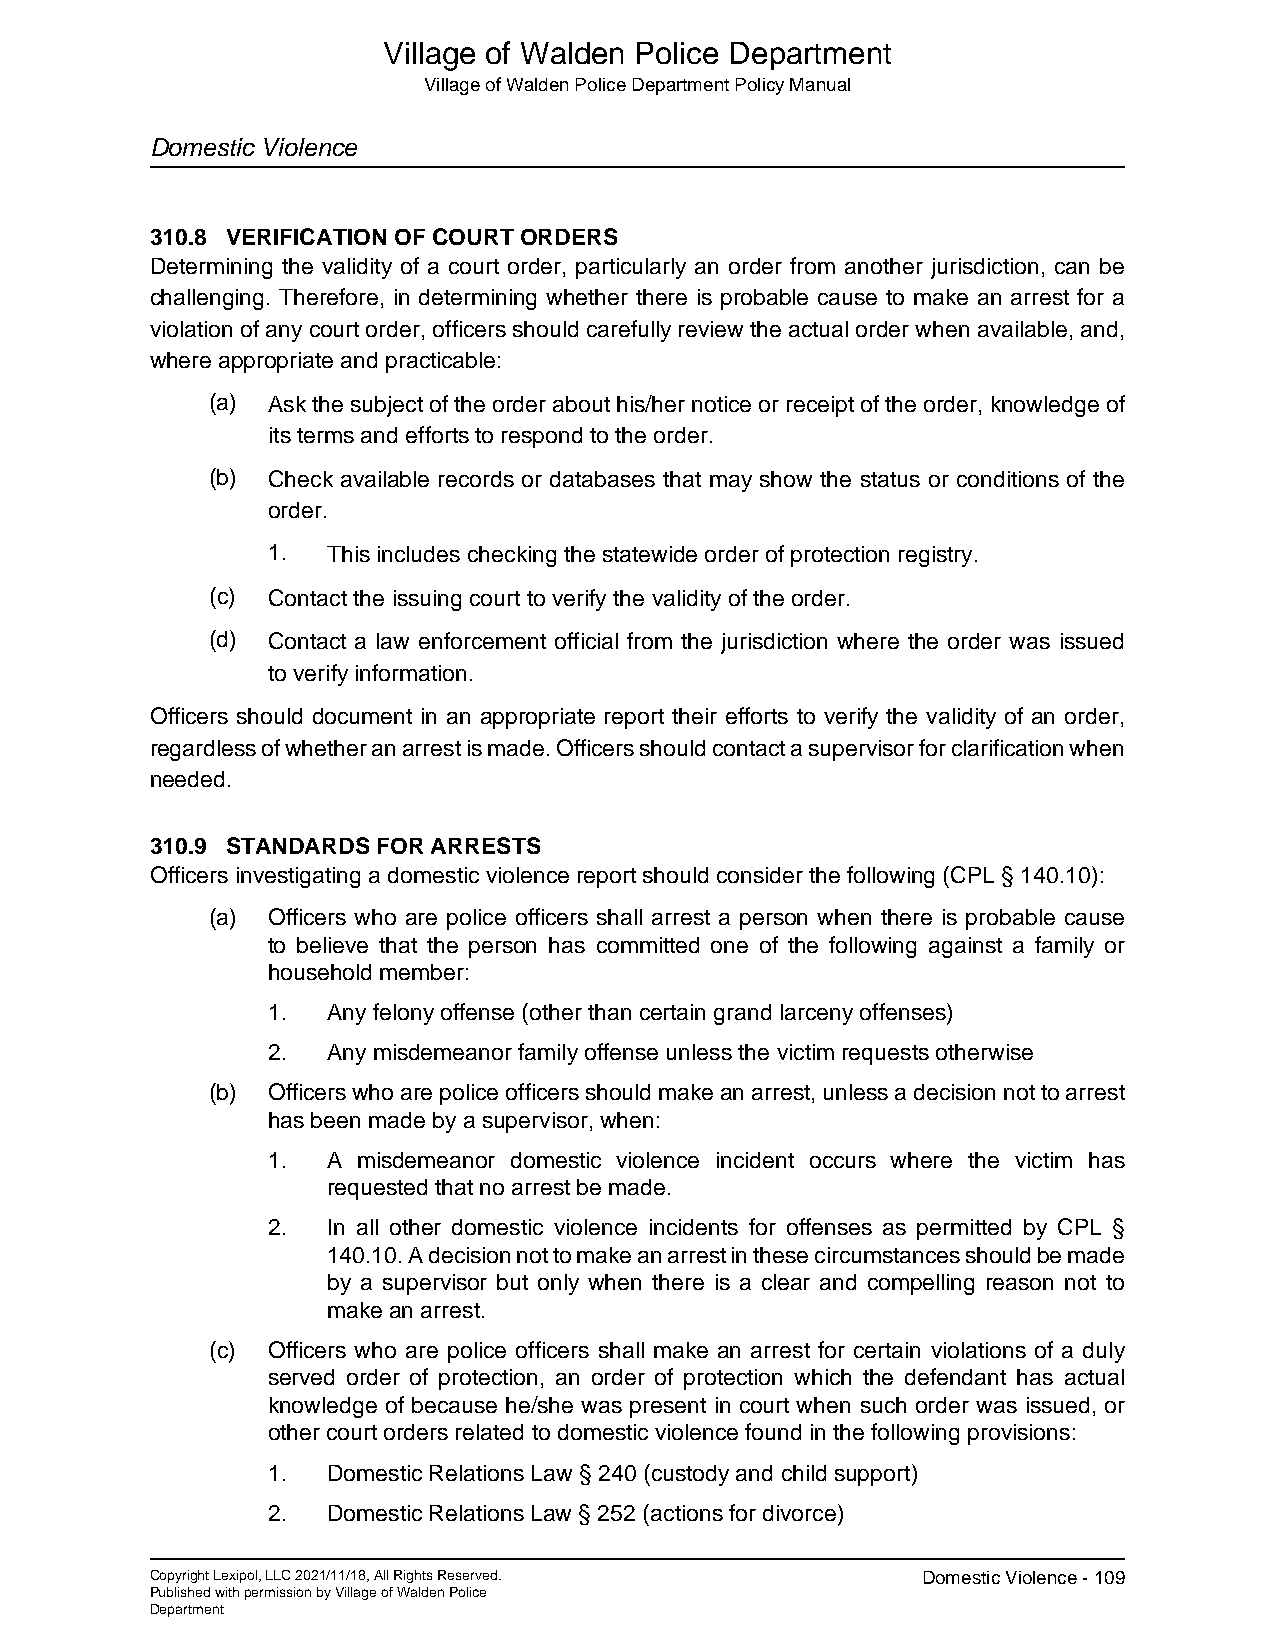
Village of Walden Police Department
 Village of Walden Police Department Policy Manual
 Domestic Violence
 310.8 VERIFICATION OF COURT ORDERS
 Determining the validity of a court order, particularly an order from another jurisdiction, can be
 challenging. Therefore, in determining whether there is probable cause to make an arrest for a
 violation of any court order, officers should carefully review the actual order when available, and,
 where appropriate and practicable:
 (a) Ask the subject of the order about his/her notice or receipt of the order, knowledge of
 its terms and efforts to respond to the order.
 (b) Check available records or databases that may show the status or conditions of the
 order.
 1.  This includes checking the statewide order of protection registry.
 (c) Contact the issuing court to verify the validity of the order.
 (d) Contact a law enforcement official from the jurisdiction where the order was issued
 to verify information.
 Officers should document in an appropriate report their efforts to verify the validity of an order,
 regardless of whether an arrest is made. Officers should contact a supervisor for clarification when
 needed.
 310.9 STANDARDS FOR ARRESTS
 Officers investigating a domestic violence report should consider the following (CPL § 140.10):
 (a) Officers who are police officers shall arrest a person when there is probable cause
 to believe that the person has committed one of the following against a family or
 household member:
 1.  Any felony offense (other than certain grand larceny offenses)
 2.  Any misdemeanor family offense unless the victim requests otherwise
 (b) Officers who are police officers should make an arrest, unless a decision not to arrest
 has been made by a supervisor, when:
 1.  A misdemeanor domestic violence incident occurs where the victim has
 requested that no arrest be made.
 2.  In all other domestic violence incidents for offenses as permitted by CPL §
 140.10. A decision not to make an arrest in these circumstances should be made
 by a supervisor but only when there is a clear and compelling reason not to
 make an arrest.
 (c) Officers who are police officers shall make an arrest for certain violations of a duly
 served order of protection, an order of protection which the defendant has actual
 knowledge of because he/she was present in court when such order was issued, or
 other court orders related to domestic violence found in the following provisions:
 1.  Domestic Relations Law § 240 (custody and child support)
 2.  Domestic Relations Law § 252 (actions for divorce)
 Copyright Lexipol, LLC 2021/11/18, All Rights Reserved. Domestic Violence - 109
 Published with permission by Village of Walden Police
 Department